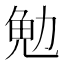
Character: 𪟟